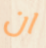
ان